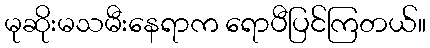
မုဆိုးမသမီးနေရာက ရောပီပြင်ကြတယ်။